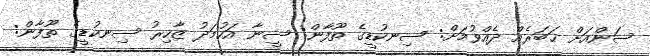
ސަންއަށް ޚަބަރެއް ދެއްވުމަށް: ސިނކުޑީގެ ތޫފާން: ސީނާ އަހުމަދު ޒާހިރު ސިނކުޑީގެ ތޫފާން: